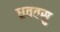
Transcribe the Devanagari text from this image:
ध्रववसु